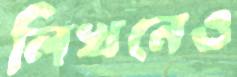
লিখনেও